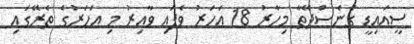
ސީއައިޑީ ގެނެސްދޭތާ މިހާރު 18 އަހަރު ވެފައި ވާއިރު މި އަހަރުގެ ތެރޭގައި